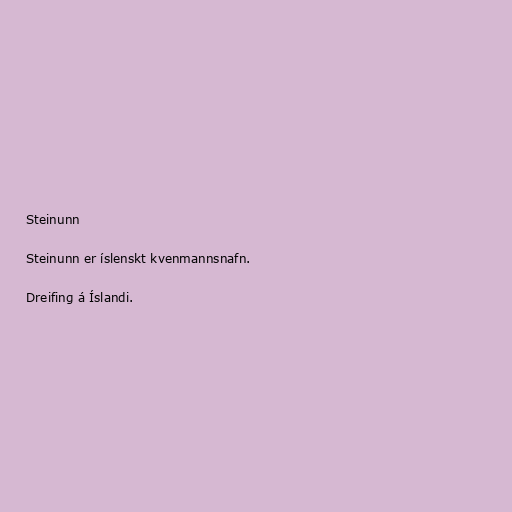
Steinunn

Steinunn er íslenskt kvenmannsnafn.

Dreifing á Íslandi.